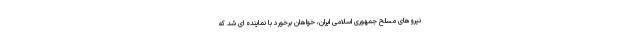
نیروهای مسلح جمهوری اسلامی ایران، خواهان برخورد با نماینده ای شد که